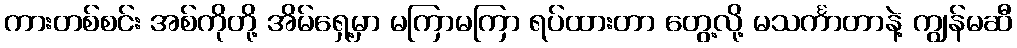
ကားတစ်စင်း အစ်ကိုတို့ အိမ်ရှေ့မှာ မကြာမကြာ ရပ်ထားတာ တွေ့လို့ မသင်္ကာတာနဲ့ ကျွန်မဆီ